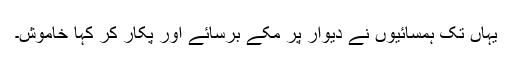
یہاں تک ہمسائیوں نے دیوار پر مُکے برسائے اور پکار کر کہا خاموش۔